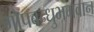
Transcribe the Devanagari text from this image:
गोपबन्धुभगवान